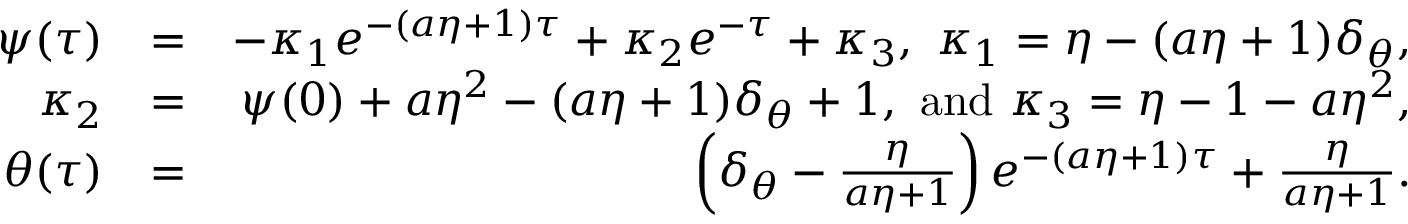
\begin{array} { r l r } { \psi ( \tau ) } & { = } & { - \kappa _ { 1 } e ^ { - ( a \eta + 1 ) \tau } + \kappa _ { 2 } e ^ { - \tau } + \kappa _ { 3 } , \ \kappa _ { 1 } = \eta - ( a \eta + 1 ) \delta _ { \theta } , } \\ { \kappa _ { 2 } } & { = } & { \psi ( { 0 } ) + a \eta ^ { 2 } - ( a \eta + 1 ) \delta _ { \theta } + 1 , \mathrm { ~ a n d ~ } \kappa _ { 3 } = \eta - 1 - a \eta ^ { 2 } , } \\ { \theta ( \tau ) } & { = } & { \left( \delta _ { \theta } - \frac { \eta } { a \eta + 1 } \right) e ^ { - ( a \eta + 1 ) \tau } + \frac { \eta } { a \eta + 1 } . } \end{array}